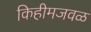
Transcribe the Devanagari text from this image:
किहीमजवळ